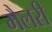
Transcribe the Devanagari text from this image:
मैलरी